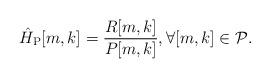
LaTeX: \begin{align*}\hat{H}_{\rm{P}}[m,k] = \frac{R[m,k]}{P[m,k]}, \forall [m,k] \in \mathcal{P}.\end{align*}